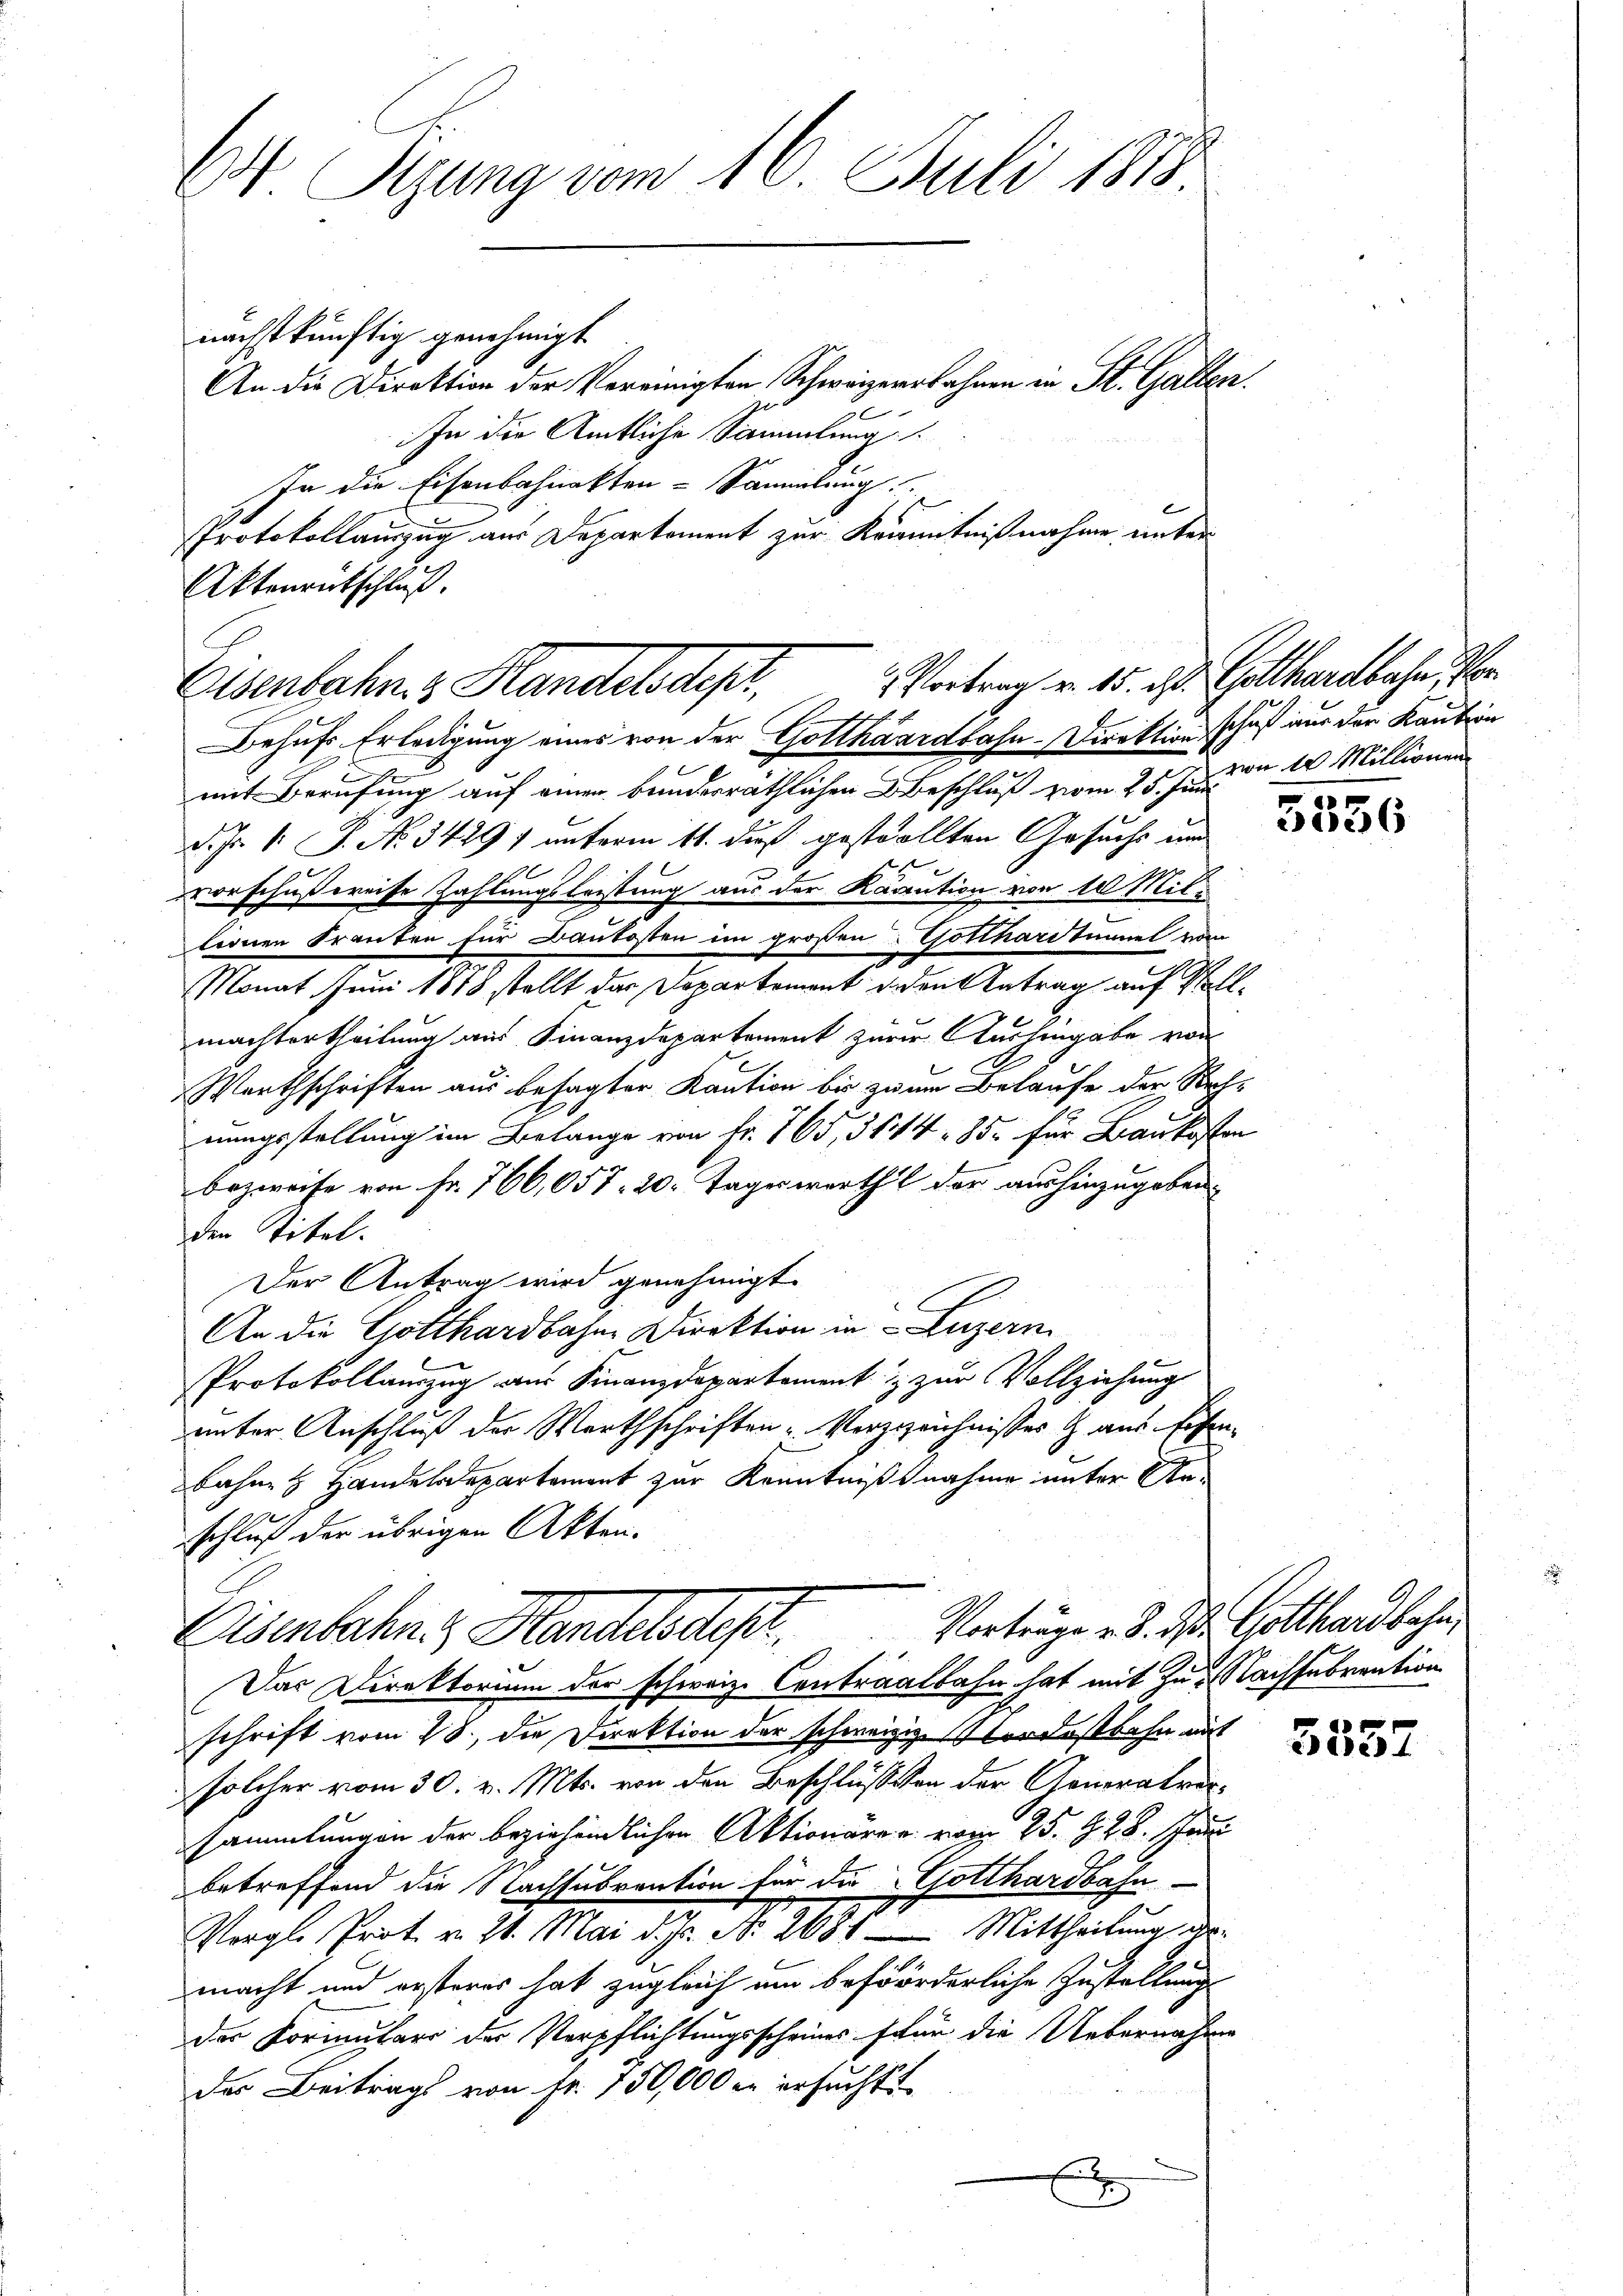
E Rizung vom 16. Juli 1818

nächstkünftig genehmigt
An die Direktion der Vereinigten Schweizerbahnen in St. Gallen.
In die Amtliche Sammlung
In die Eisenbahnakten-Sammlung
Protokollauszug aus Departement zur Kranntnißnahme unter
Aktenrütschluß.
Behufs Erledigung eines von der Gotthaardbahn-Direktion schuß aus der Kaution
.
mit Berufung auf einer bundesräthlichen Beschluß zwei 25 f 10 Millionen
d. Js. v. J. No. 3429 f unterm 11. dieß gestrollten Gesuchs und
t
vorschußweise Zahlungsleistung aus der Kaution von 10 Mitteonen Franten für Baukosten im großen Gotthardtunnel vom
Monat Juni 1818 stellt der Departement jeden Antrag auf Vollmachtertheilung aus Finanzdepartement zur Aushingabe von
Warthschriften aus besagter Kaution bis zum Belaufe der Rechnungsstellung im Belange von Fr. 165, 3144. 85. für Baukosten
bezweife von Fr. 766,057. 20. Tageswerthl der aushinzugeben
den Titel.
Der Antrag wird genehmigt.
An die Gotthardbahne Direktion in Luzern,
Protokollamzug aus Finanzdepartement & zur Vollziehung
unter Anschluß der Werthschriften „Verzeichnisses & aus Eisen¬
Bahne Handelsdepartement zur Kenntnißnahme unter Arschluß der übrigen Akten.
Vorträge v. 8. ds. Gotthardbahn,
Eisenbahn. Handelsdept.
Das Direktorium der schweiz. Contraalbahn hat mit zu. Nachfebrention
schrift vom 28. die Direktion der schweizig Nordostbahn mit
solcher vom 30. v. Mts. von den Beschlüssen der Generalversammlungen der beziehendlichen Aktionärer vom 25. S. 28. Sei
betreffend die Nachsubvention für die Gotthardbahn¬
Vergl. Prot. v. 21. Mai d. Js. No. 2681 — Mittheilung der
macht und ersteres hat zugleich um beförderliche Zustellungs
der Vormulars der Verpflichtungsscheines für die Uebernahme
der Beitrags von Fr. 150,000 er ersucht
.

Eisenbahn & Handelsdep

Vortrag v. 15. d. Gotthardbahn, Vor

3336

5552